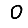
Digit: 0